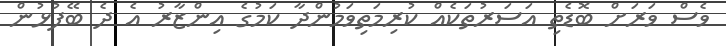
ވެސް ވަރަށް ބޮޑެތި އަސަރުތަކެއް ކުރިމަތިވަމުންދާ ކަމުގެ އިންޒާރު އެ ދެ ބޭފުޅުން